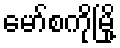
မော်စကိုမြို့